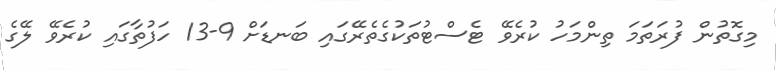
މިގޮތުން ފުރަތަމަ ތިންމަހު ކުރެވޭ ޓެސްޓުތަކުގެތެރޭގައި ބަނޑަށް 9-13 ހަފުތާގައި ކުރެވޭ ލޭގެ